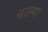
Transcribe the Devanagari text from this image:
साल्गा